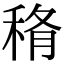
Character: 𥞼